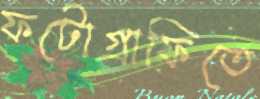
ফটোগ্রাফিতে